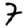
Digit: 7